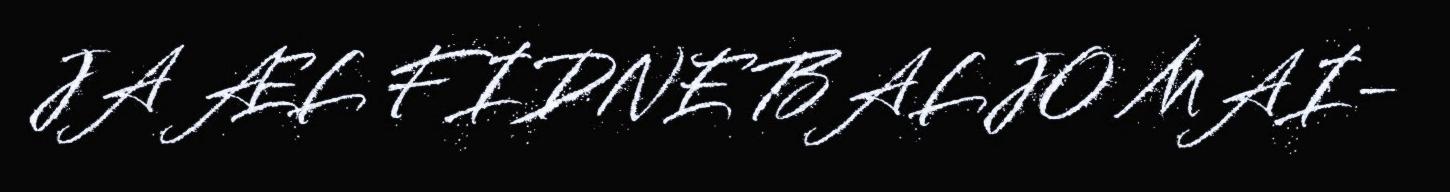
JA ÆL FIDNE BALJO MAI-